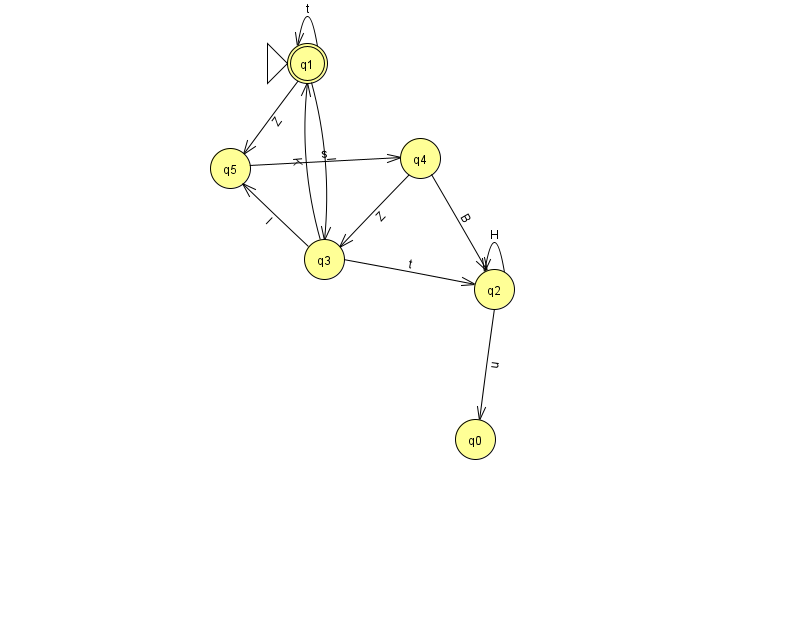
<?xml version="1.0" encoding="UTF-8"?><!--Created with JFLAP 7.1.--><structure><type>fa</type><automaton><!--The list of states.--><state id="0" name="q0"><x>475.0</x><y>426.0</y></state><state id="1" name="q1"><x>307.0</x><y>50.0</y><initial/><final/></state><state id="2" name="q2"><x>494.0</x><y>276.0</y></state><state id="3" name="q3"><x>324.0</x><y>246.0</y></state><state id="4" name="q4"><x>420.0</x><y>145.0</y></state><state id="5" name="q5"><x>230.0</x><y>155.0</y></state><!--The list of transitions.--><transition><from>1</from><to>3</to><read>I</read></transition><transition><from>3</from><to>1</to><read>K</read></transition><transition><from>1</from><to>1</to><read>t</read></transition><transition><from>3</from><to>5</to><read>I</read></transition><transition><from>2</from><to>2</to><read>H</read></transition><transition><from>4</from><to>3</to><read>Z</read></transition><transition><from>3</from><to>2</to><read>t</read></transition><transition><from>2</from><to>0</to><read>u</read></transition><transition><from>4</from><to>2</to><read>B</read></transition><transition><from>1</from><to>5</to><read>Z</read></transition><transition><from>5</from><to>4</to><read>s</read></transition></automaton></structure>